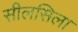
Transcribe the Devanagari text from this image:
सीलसिला